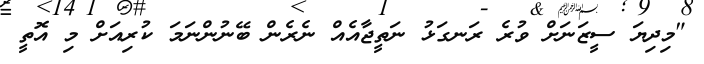
"މިދިޔަ ސީޒަނަށް ވުރެ ރަނގަޅު ނަތީޖާއެއް ނެރެން ބޭނުންނަމަ ކުރިއަށް މި އޮތީ